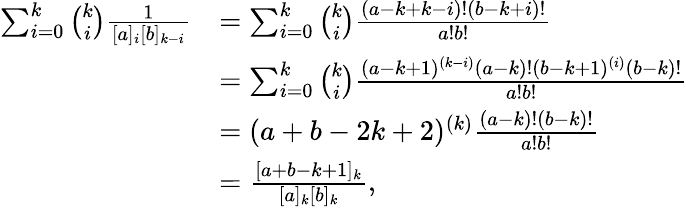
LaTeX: \begin{array}{rl}{\sum_{i=0}^{k}\binom{k}{i}\frac{1}{[a]_{i}[b]_{k-i}}}&{=\sum_{i=0}^{k}\binom{k}{i}\frac{(a-k+k-i)!(b-k+i)!}{a!b!}}\\ &{=\sum_{i=0}^{k}\binom{k}{i}\frac{(a-k+1)^{(k-i)}(a-k)!(b-k+1)^{(i)}(b-k)!}{a!b!}}\\ &{=(a+b-2k+2)^{(k)}\frac{(a-k)!(b-k)!}{a!b!}}\\ &{=\frac{[a+b-k+1]_{k}}{[a]_{k}[b]_{k}},}\end{array}